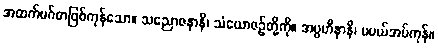
အထက်မဂ်စာဖြစ်ကုန်သော။ သညောဇနာနိ၊ သံယောဇဉ်တို့ကို။ အပ္ပဟီနာနိ၊ မပယ်အပ်ကုန်။